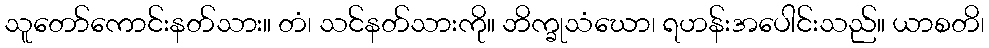
သူတော်ကောင်းနတ်သား။ တံ၊ သင်နတ်သားကို။ ဘိက္ခုသံဃော၊ ရဟန်းအပေါင်းသည်။ ယာစတိ၊